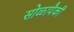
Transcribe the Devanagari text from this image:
सोळापैकी